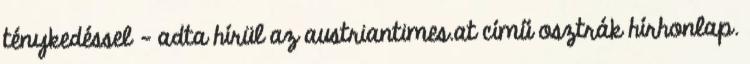
ténykedéssel – adta hírül az austriantimes.at című osztrák hírhonlap.